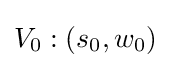
V_{0}:(s_{0},w_{0})